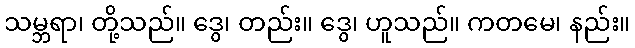
သမ္ဘရာ၊ တို့သည်။ ဒွေ၊ တည်း။ ဒွေ၊ ဟူသည်။ ကတမေ၊ နည်း။